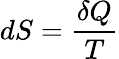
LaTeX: dS={\frac{\delta Q}{T}}